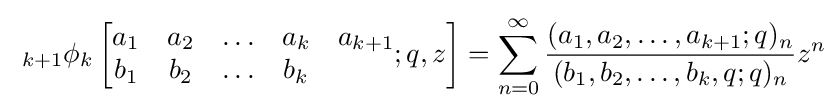
\;_{k+1}\phi _{k}\left[{\begin{matrix}a_{1}&a_{2}&\ldots &a_{k}&a_{k+1}\\b_{1}&b_{2}&\ldots &b_{k}\end{matrix}};q,z\right]=\sum _{n=0}^{\infty }{\frac {(a_{1},a_{2},\ldots ,a_{k+1};q)_{n}}{(b_{1},b_{2},\ldots ,b_{k},q;q)_{n}}}z^{n}